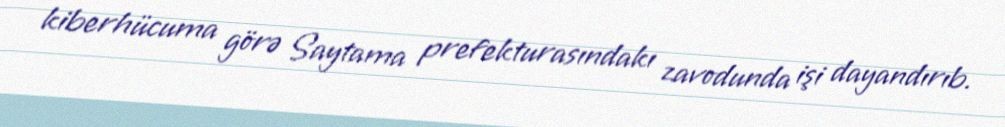
kiberhücuma görə Saytama prefekturasındakı zavodunda işi dayandırıb.